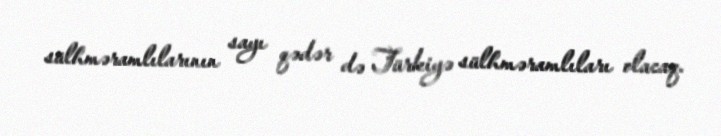
sülhməramlılarının sayı qədər də Türkiyə sülhməramlıları olacaq.